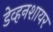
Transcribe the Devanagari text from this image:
डेव्हनशायर